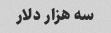
سه هزار دلار